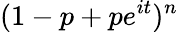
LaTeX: \! \, (1-p+pe^{it})^{n}